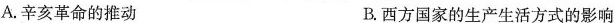
A.辛亥革命的推动 B.西方国家的生产生活方式的影响